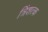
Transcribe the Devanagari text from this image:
त्रिंशत्क